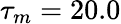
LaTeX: \tau_{m}=20.0